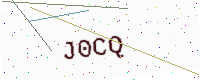
Text: J0CQ